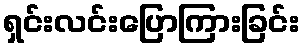
ရှင်းလင်းပြောကြားခြင်း